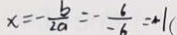
x = - \frac { b } { 2 a } = - \frac { 6 } { - 6 } = 2 1